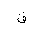
Letter: _qaf